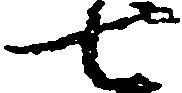
七